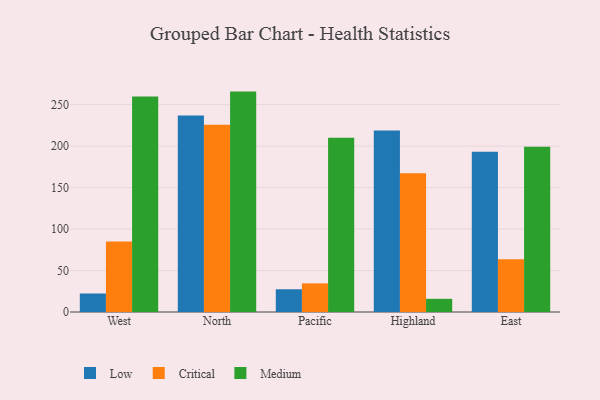
{"axis": {"x": "Region", "y": "Energy Usage (MWh)"}, "legend": ["Critical", "Low", "Medium"], "data": [{"x": "West", "y": 22.3, "type": "Low"}, {"x": "West", "y": 84.9, "type": "Critical"}, {"x": "West", "y": 259.7, "type": "Medium"}, {"x": "North", "y": 237.0, "type": "Low"}, {"x": "North", "y": 225.6, "type": "Critical"}, {"x": "North", "y": 265.7, "type": "Medium"}, {"x": "Pacific", "y": 27.4, "type": "Low"}, {"x": "Pacific", "y": 34.5, "type": "Critical"}, {"x": "Pacific", "y": 210.0, "type": "Medium"}, {"x": "Highland", "y": 218.9, "type": "Low"}, {"x": "Highland", "y": 167.2, "type": "Critical"}, {"x": "Highland", "y": 15.9, "type": "Medium"}, {"x": "East", "y": 193.1, "type": "Low"}, {"x": "East", "y": 63.5, "type": "Critical"}, {"x": "East", "y": 199.2, "type": "Medium"}]}